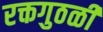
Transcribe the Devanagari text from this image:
रक्तगुठळी